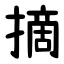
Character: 摘